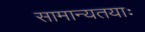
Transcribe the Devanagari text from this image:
सामान्यतयाः